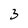
Character: 3